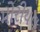
મોરીયલ